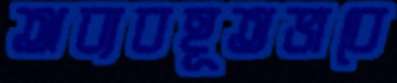
অব্যবহূতভাবে